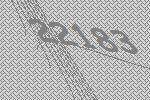
22183